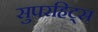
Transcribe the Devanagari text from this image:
सुपरहिट्स